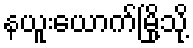
နယူးယောက်မြို့သို့